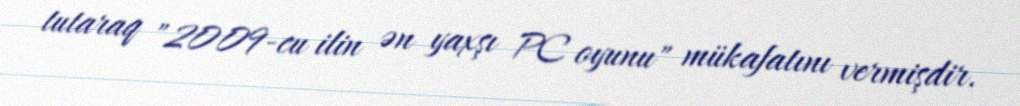
tutaraq "2009-cu ilin ən yaxşı PC oyunu" mükafatını vermişdir.